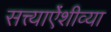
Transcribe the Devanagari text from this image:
सत्त्याऐंशीव्या